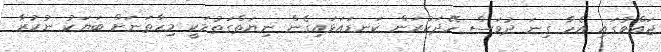
ޖައްވުގައި އެހާ ގިނަ ދުވަސް ހޭދަކުރަން ކަނޑައަޅައިގެން ނިޔަތްގަތުމަކީ މިހާތަނަށް ބަޔަކު ނުކުރާ